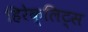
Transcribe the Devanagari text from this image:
हिरेक्लिट्स